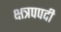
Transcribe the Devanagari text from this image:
क्षत्रपपदी